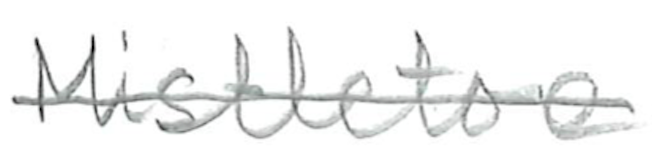
Text: Mistletoe
Cross-out: single-line
Writing tool: pencil